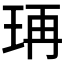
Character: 𤥆